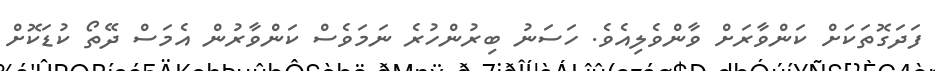
ފަދަގޮތަކަށް ކަންވާރަށް ވާންވެލިއެވެ. ހަސަނު ބިރުންހުރެ ނަމަވެސް ކަންވާރުން އެމަސް ދޭތޯ ކުޑަކޮށް